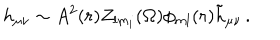
h _ { \mu \nu } \sim A ^ { 2 } ( r ) Z _ { l m _ { i } } ( \Omega ) \phi _ { m l } ( r ) { \tilde { h } } _ { \mu \nu } \, .